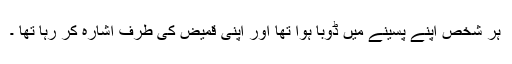
ہر شخص اپنے پسینے میں ڈوبا ہوا تھا اور اپنی قمیض کی طرف اشارہ کر رہا تھا ۔